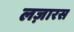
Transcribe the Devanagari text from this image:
लज़ारस